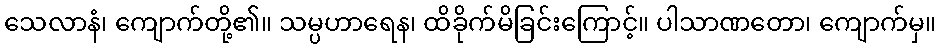
သေလာနံ၊ ကျောက်တို့၏။ သမ္ပဟာရေန၊ ထိခိုက်မိခြင်းကြောင့်။ ပါသာဏတော၊ ကျောက်မှ။